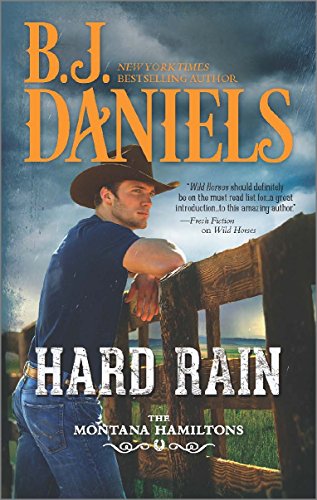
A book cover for Hard Rain (The Montana Hamiltons); B.J. Daniels; Romance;